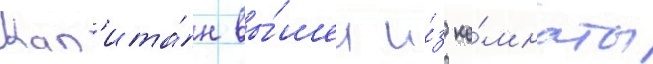
Кап'ита́н вы́шел и́з ко́мнаты